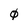
Character: 0